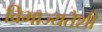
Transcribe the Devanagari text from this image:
विभाज्यतेशी